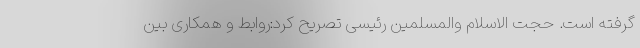
گرفته است. حجت الاسلام والمسلمین رئیسی تصریح کرد:روابط و همکاری بین